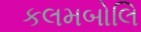
કલમબોલિ